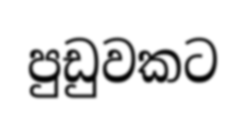
පුඩුවකට